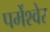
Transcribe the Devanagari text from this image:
पर्मेश्वेर